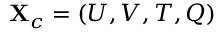
\mathbf { X } _ { c } = \left( U , V , T , Q \right)